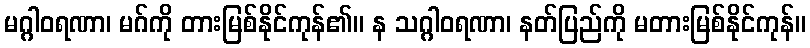
မဂ္ဂါဝရဏာ၊ မဂ်ကို တားမြစ်နိုင်ကုန်၏။ န သဂ္ဂါဝရဏာ၊ နတ်ပြည်ကို မတားမြစ်နိုင်ကုန်။